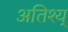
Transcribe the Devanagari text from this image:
अतिश्य्